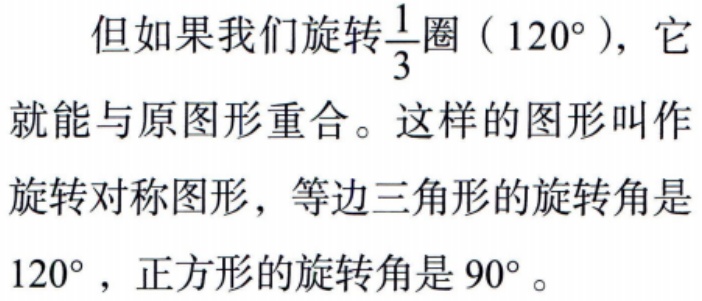
但如果我们旋转$\frac{1}{3}$圈（$120^{\circ}$），它就能与原图形重合。这样的图形叫作旋转对称图形，等边三角形的旋转角是$120^{\circ}$，正方形的旋转角是$90^{\circ}$。